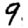
Digit: 9